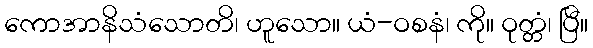
ကောအာနိသံသောတိ၊ ဟူသော။ ယံ-ဝစနံ၊ ကို။ ဝုတ္တံ၊ ပြီ။